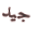
جيد